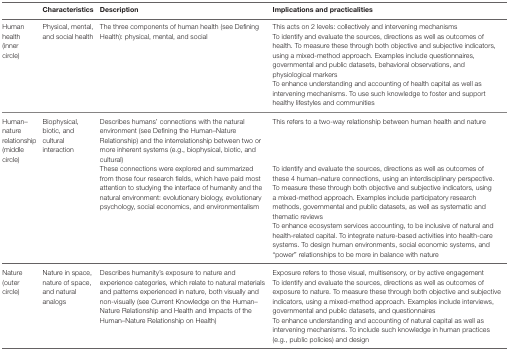
|  | Characteristics | Description | Implications and practicalities |
 | --- | --- | --- | --- |
 | <ROWSPAN=3> Human health (inner circle) | <ROWSPAN=3> Physical, mental, and social health | <ROWSPAN=3> The three components of human health (see Defining Health): physical, mental, and social | This acts on 2 levels: collectively and intervening mechanisms |
 | To identify and evaluate the sources, directions as well as outcomes of health. To measure these through both objective and subjective indicators, using a mixed-method approach. Examples include questionnaires, governmental and public datasets, behavioral observations, and physiological markers |
 | To enhance understanding and accounting of health capital as well as intervening mechanisms. To use such knowledge to foster and support healthy lifestyles and communities |
 | <ROWSPAN=3> Human–nature relationship (middle circle) | <ROWSPAN=3> Biophysical, biotic, and cultural interaction | Describes humans’ connections with the natural environment (see Defining the Human–Nature Relationship) and the interrelationship between two or more inherent systems (e.g., biophysical, biotic, and cultural) | This refers to a two-way relationship between human health and nature |
 | <ROWSPAN=2> These connections were explored and summarized from those four research fields, which have paid most attention to studying the interface of humanity and the natural environment: evolutionary biology, evolutionary psychology, social economics, and environmentalism | To identify and evaluate the sources, directions as well as outcomes of these 4 human–nature connections, using an interdisciplinary perspective. To measure these through both objective and subjective indicators, using a mixed-method approach. Examples include participatory research methods, governmental and public datasets, as well as systematic and thematic reviews |
 | To enhance ecosystem services accounting, to be inclusive of natural and health-related capital. To integrate nature-based activities into health-care systems. To design human environments, social economic systems, and “power” relationships to be more in balance with nature |
 | <ROWSPAN=3> Nature (outer circle) | <ROWSPAN=3> Nature in space, nature of space, and natural analogs | <ROWSPAN=3> Describes humanity’s exposure to nature and experience categories, which relate to natural materials and patterns experienced in nature, both visually and non-visually (see Current Knowledge on the Human–Nature Relationship and Health and Impacts of the Human–Nature Relationship on Health) | Exposure refers to those visual, multisensory, or by active engagement |
 | To identify and evaluate the sources, directions as well as outcomes of exposure to nature. To measure these through both objective and subjective indicators, using a mixed-method approach. Examples include interviews, governmental and public datasets, and questionnaires |
 | To enhance understanding and accounting of natural capital as well as intervening mechanisms. To include such knowledge in human practices (e.g., public policies) and design |